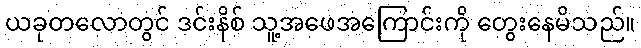
ယခုတလောတွင် ဒင်းနိစ် သူ့အဖေအကြောင်းကို တွေးနေမိသည်။